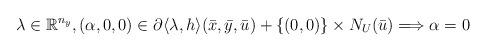
LaTeX: \begin{align*} \lambda\in \mathbb{R}^{n_y}, (\alpha,0,0)\in \partial \langle \lambda, h\rangle(\bar x,\bar y,\bar u)+\{(0,0)\}\times N_U (\bar u)\Longrightarrow \alpha=0\end{align*}